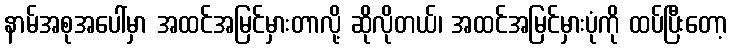
နာမ်အစုအပေါ်မှာ အထင်အမြင်မှားတာလို့ ဆိုလိုတယ်၊ အထင်အမြင်မှားပုံကို ထပ်ပြီးတော့